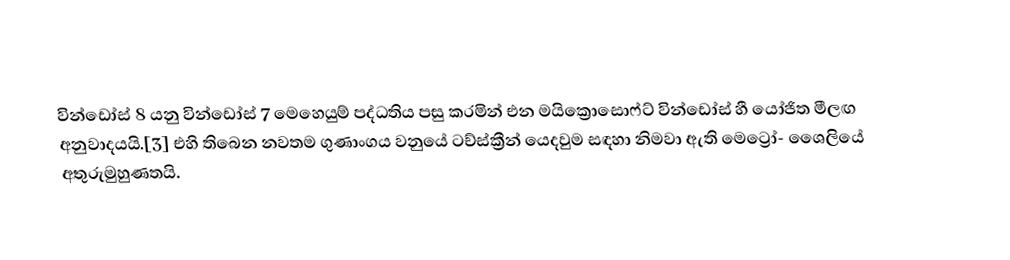
වින්ඩෝස් 8 යනු වින්ඩෝස් 7 මෙහෙයුම් පද්ධතිය පසු කරමින් එන මයික්‍රොසොෆ්ට් වින්ඩෝස් හී යෝජිත මීලඟ අනුවාදයයි.[3] එහි තිබෙන නවතම ගුණාංගය වනුයේ ටච්ස්ක්‍රීන් යෙදවුම සඳහා නිමවා ඇති මෙට්‍රෝ- ශෛලියේ අතුරුමුහුණතයි.